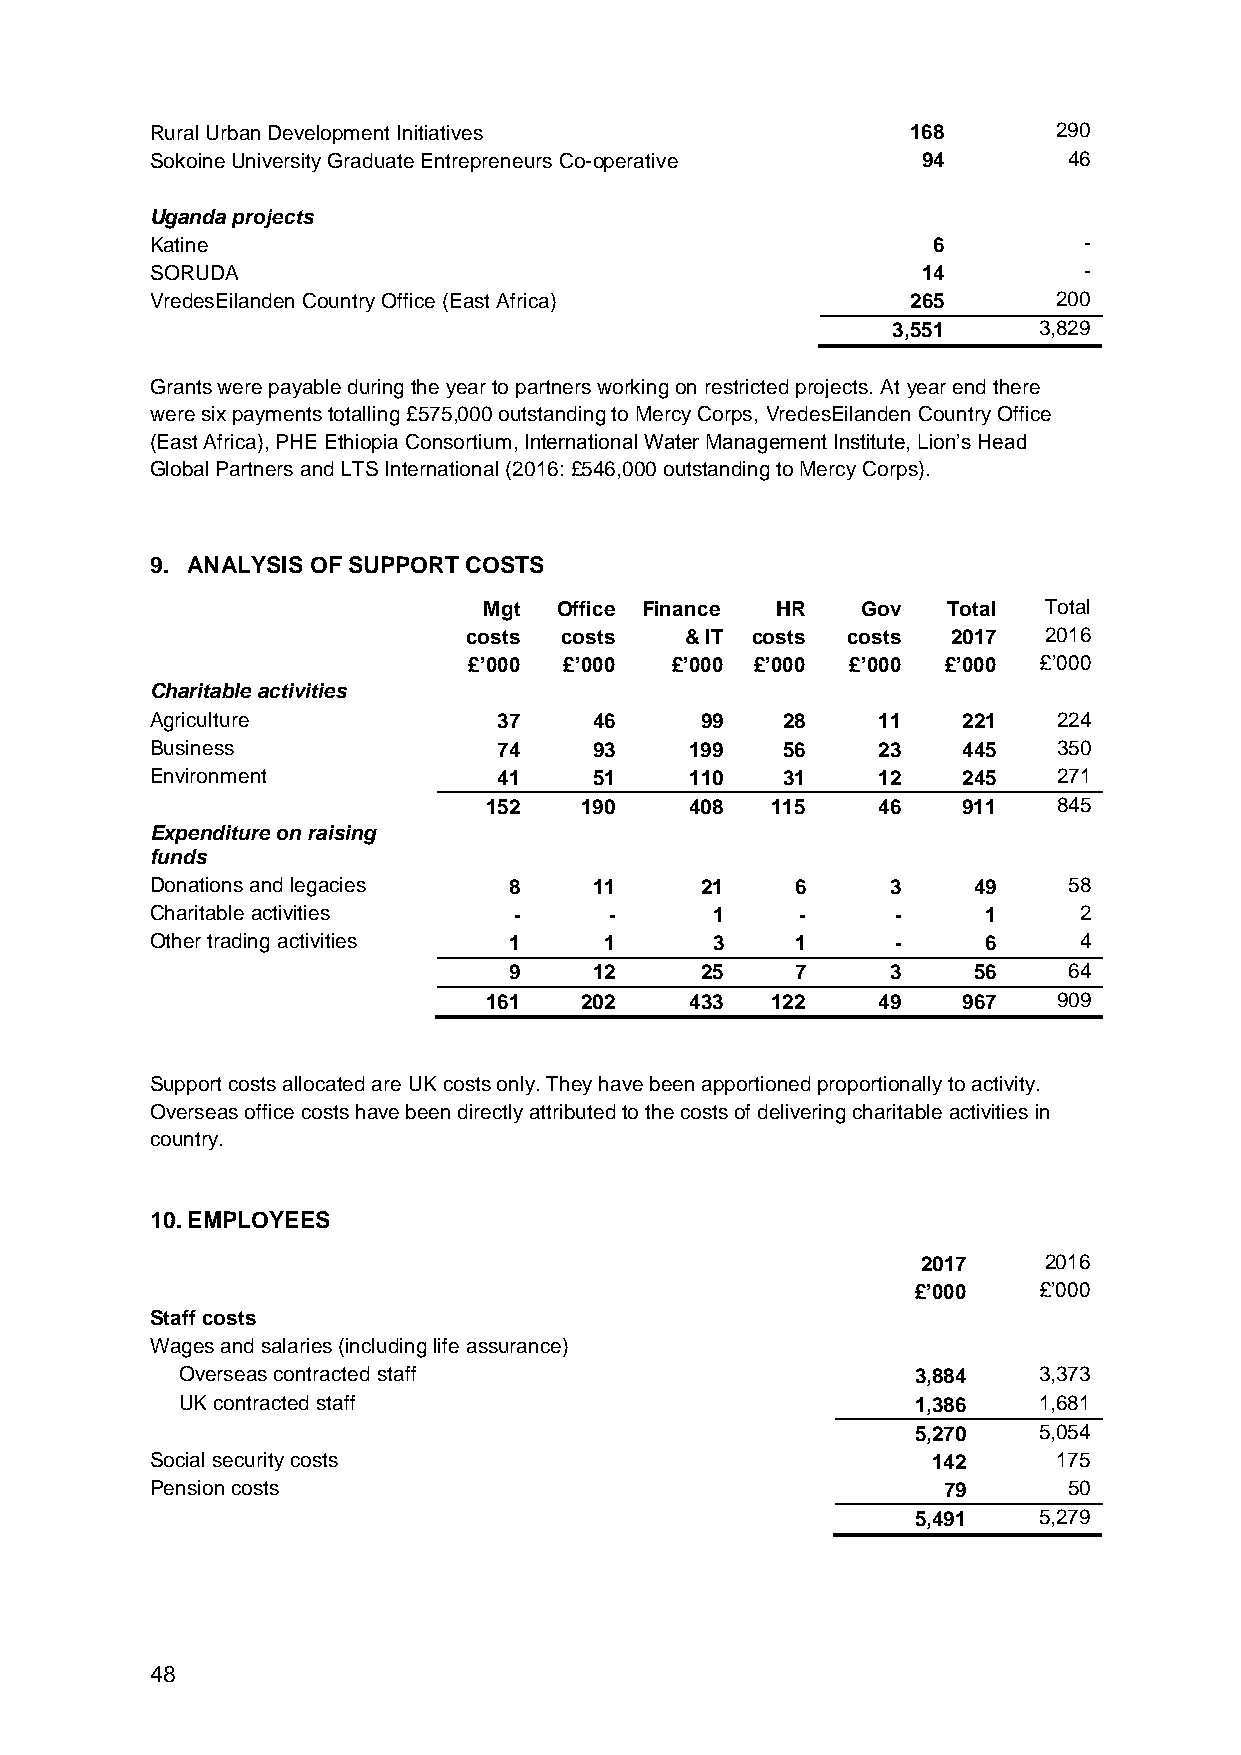
Rural Urban Development Initiatives               168       290
 Sokoine University Graduate Entrepreneurs Co-operative 94    46
 Uganda projects
 Katine                                              6         -
 SORUDA                                             14         -
 VredesEilanden Country Office (East Africa)       265       200
 3,551     3,829
 Grants were payable during the year to partners working on restricted projects. At year end there
 were six payments totalling £575,000 outstanding to Mercy Corps, VredesEilanden Country Office
 (East Africa), PHE Ethiopia Consortium, International Water Management Institute, Lion’s Head
 Global Partners and LTS International (2016: £546,000 outstanding to Mercy Corps).
 9. ANALYSIS OF SUPPORT COSTS
 Mgt  Office Finance HR   Gov   Total Total
 costs costs   & IT costs costs  2017  2016
 £’000 £’000  £’000 £’000 £’000 £’000  £’000
 Charitable activities
 Agriculture            37    46     99    28    11    221   224
 Business               74    93     199   56    23    445   350
 Environment            41    51     110   31    12    245   271
 152   190     408  115    46    911   845
 Expenditure on raising
 funds
 Donations and legacies  8    11     21     6     3    49     58
 Charitable activities   -     -      1     -     -     1     2
 Other trading activities 1    1      3     1     -     6     4
 9    12     25     7     3    56     64
 161   202     433  122    49    967   909
 Support costs allocated are UK costs only. They have been apportioned proportionally to activity.
 Overseas office costs have been directly attributed to the costs of delivering charitable activities in
 country.
 10. EMPLOYEES
 2017    2016
 £’000   £’000
 Staff costs
 Wages and salaries (including life assurance)
 Overseas contracted staff                        3,884   3,373
 UK contracted staff                              1,386   1,681
 5,270   5,054
 Social security costs                               142     175
 Pension costs                                       79       50
 5,491   5,279
 48